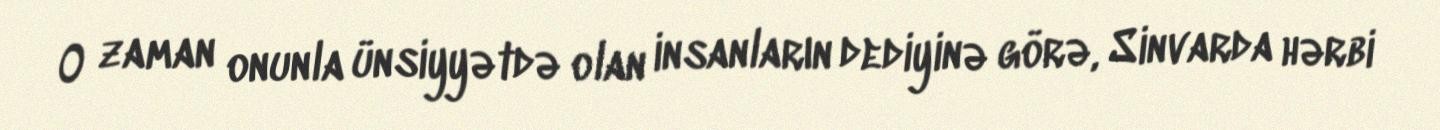
O zaman onunla ünsiyyətdə olan insanların dediyinə görə, Sinvarda hərbi